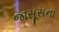
જાસૂસના